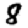
Digit: 8